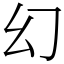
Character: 幻